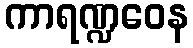
ကာရဏ္ဍဝေန